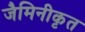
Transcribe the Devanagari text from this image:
जैमिनीकृत